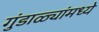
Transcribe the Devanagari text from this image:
गुंडाळ्यांमध्ये